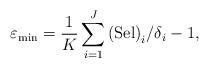
\begin{align*}\varepsilon_{\min} = \frac{1}{K} \sum_{i=1}^J \mbox{(Sel)}_i / \delta_i - 1,\end{align*}